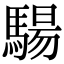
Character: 𩤟